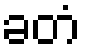
ခတံ